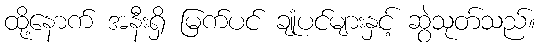
ထို့နောက် အနီးရှိ မြက်ပင် ချုံပင်များနှင့် ဆွဲသုတ်သည်။